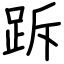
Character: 跅